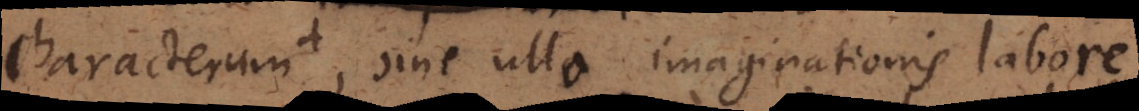
characterum, sine ullo imaginationis labore